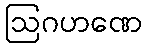
ဩဂဟဏေ